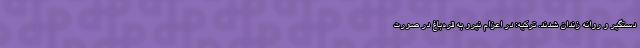
دستگیر و روانه زندان شدند. ترکیه: در اعزام نیرو به قره‌باغ در صورت